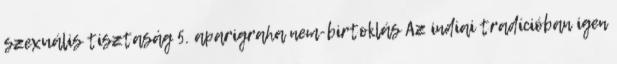
szexuális tisztaság 5. aparigraha nem-birtoklás Az indiai tradícióban igen